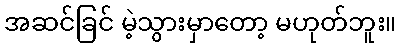
အဆင်ခြင် မဲ့သွားမှာတော့ မဟုတ်ဘူး။